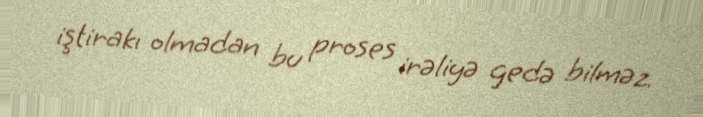
iştirakı olmadan bu proses irəliyə gedə bilməz.